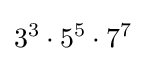
3^{3}\cdot 5^{5}\cdot 7^{7}